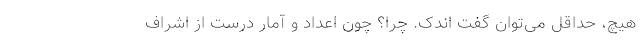
هیچ، حداقل می‌توان گفت ‌اندک. چرا؟ چون اعداد و آمار درست از اشراف